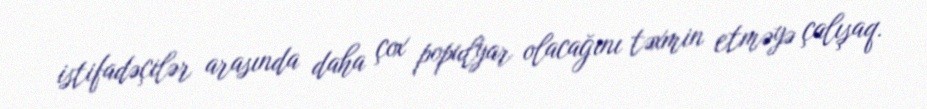
istifadəçilər arasında daha çox populyar olacağını təxmin etməyə çalışaq.